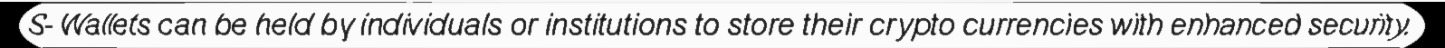
S- Wallets can be held by individuals or institutions to store their crypto currencies with enhanced security.